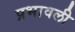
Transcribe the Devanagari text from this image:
प्रभावली